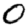
Digit: 0